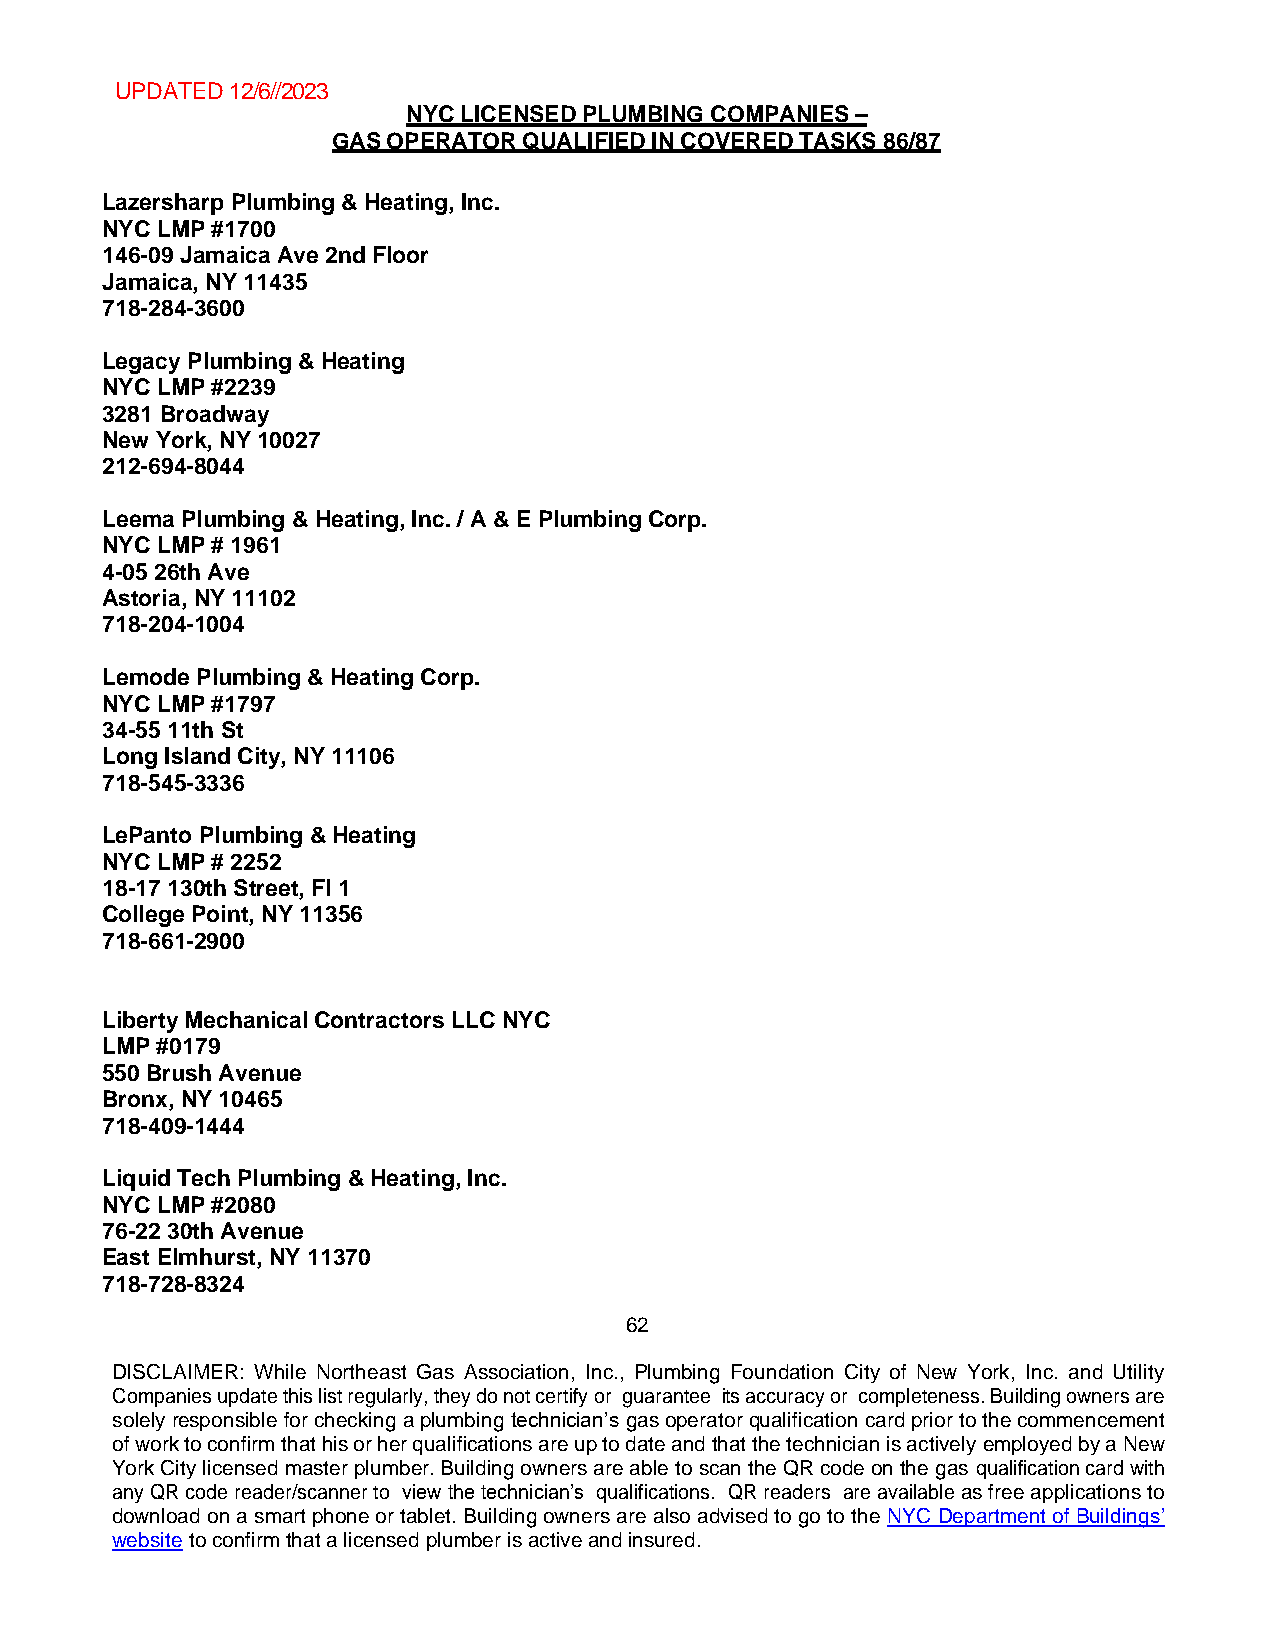
UPDATED 12/6//2023
 NYC LICENSED PLUMBING COMPANIES –
 GAS OPERATOR QUALIFIED IN COVERED TASKS 86/87
 Lazersharp Plumbing & Heating, Inc.
 NYC LMP #1700
 146-09 Jamaica Ave 2nd Floor
 Jamaica, NY 11435
 718-284-3600
 Legacy Plumbing & Heating
 NYC LMP #2239
 3281 Broadway
 New York, NY 10027
 212-694-8044
 Leema Plumbing & Heating, Inc. / A & E Plumbing Corp.
 NYC LMP # 1961
 4-05 26th Ave
 Astoria, NY 11102
 718-204-1004
 Lemode Plumbing & Heating Corp.
 NYC LMP #1797
 34-55 11th St
 Long Island City, NY 11106
 718-545-3336
 LePanto Plumbing & Heating
 NYC LMP # 2252
 18-17 130th Street, Fl 1
 College Point, NY 11356
 718-661-2900
 Liberty Mechanical Contractors LLC NYC
 LMP #0179
 550 Brush Avenue
 Bronx, NY 10465
 718-409-1444
 Liquid Tech Plumbing & Heating, Inc.
 NYC LMP #2080
 76-22 30th Avenue
 East Elmhurst, NY 11370
 718-728-8324
 62
 DISCLAIMER: While Northeast Gas Association, Inc., Plumbing Foundation City of New York, Inc. and Utility
 Companies update this list regularly, they do not certify or guarantee its accuracy or completeness. Building owners are
 solely responsible for checking a plumbing technician’s gas operator qualification card prior to the commencement
 of work to confirm that his or her qualifications are up to date and that the technician is actively employed by a New
 York City licensed master plumber. Building owners are able to scan the QR code on the gas qualification card with
 any QR code reader/scanner to view the technician’s qualifications. QR readers are available as free applications to
 download on a smart phone or tablet. Building owners are also advised to go to the NYC Department of Buildings’
 website to confirm that a licensed plumber is active and insured.